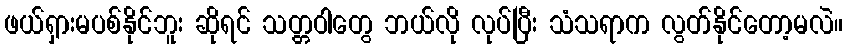
ဖယ်ရှားမပစ်နိုင်ဘူး ဆိုရင် သတ္တဝါတွေ ဘယ်လို လုပ်ပြီး သံသရာက လွတ်နိုင်တော့မလဲ။